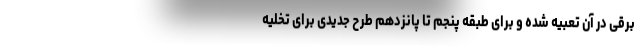
برقی در آن تعبیه شده و برای طبقه پنجم تا پانزدهم طرح جدیدی برای تخلیه